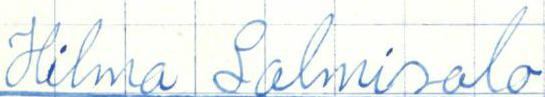
Hilma Salmisalo